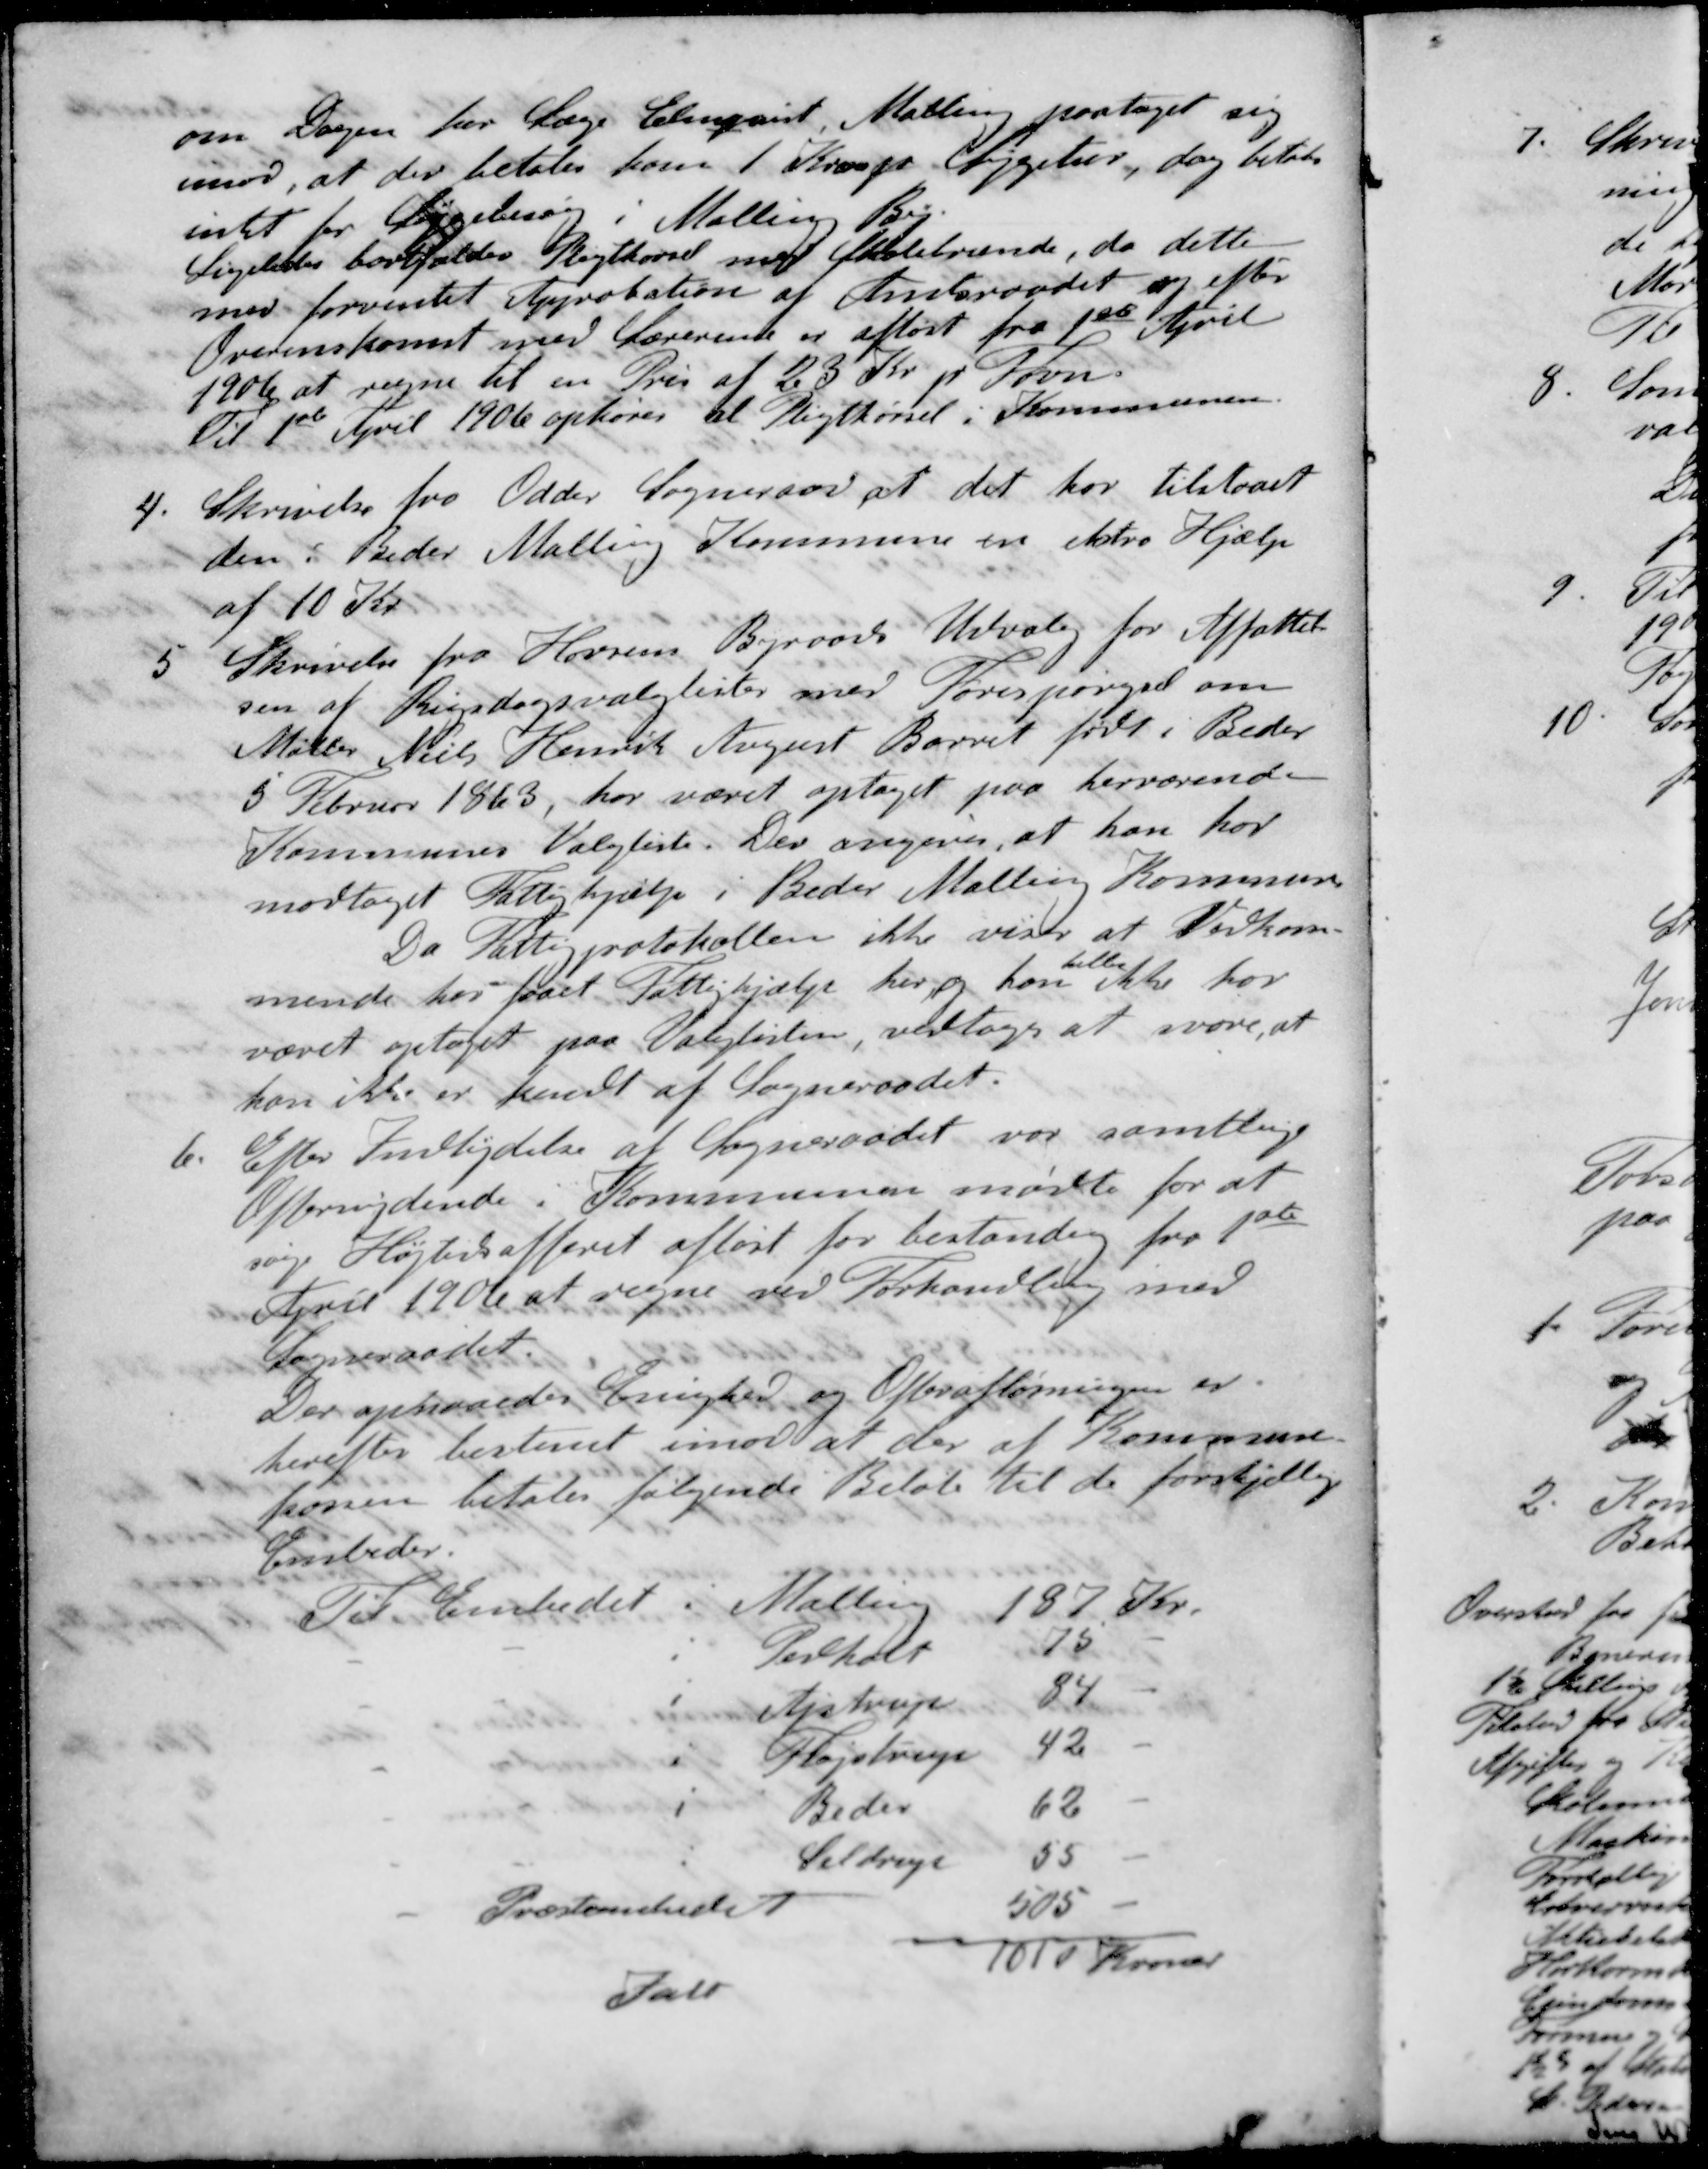
Transskription:
om Dagen for Læge Elmquist, Malling paataget sig
imod, at der betales ham 1Krone pr Sygetur, dog betales
intet for Lægebesøg i Malling By
Ligeledes bortfalder Pligtkørsel med Skolebrænde, da dette
med forventet Approbation af Amtsraadet og efter
Overenskomst med Lærerene og afløst fra 1st April
1906 at regne til en Pris af 23 Kr pr Favn.
Til 1ste April 1906 ophører al Pligtkørsel i Kommunen.
4. Skrivelse fra Odder Sogneraad at det har tilstaaet
den i Beder Malling Kommune en ekstra Hjælp
af 10 Kr.
5. Skrivelse fra Horsen Byraads Udvalg for Affattel-
sen af Rigsdagsvalglister med Forespørgsel om
Møller Niels Henrik August Barret født i Beder
5 Februar 1863, har været optaget paa herværende
Kommunes Valgliste. Der angives, at han har
modtaget Fattighjælp i Beder Malling Kommune
Da Fattigprotokollen ikke viser at Vedkom-
heller
mende hos faaet Fattighjælp her og han ikke har
været antaget paa Valglisten, vedtoges at svare, at
han ikke er kendt af Sogneraadet.
6. Efter Indbydelse af Sogneraadet var samtlige
Offernydende i Kommunen mødte for at
søge Højtidsofferet afløst for bestandig fra 1ste
April 1906 at regne ved Forhandling med
Sogneraadet.
Der opnaaedes Enighed og Optrafløsningen er
herefter bestemt imod at der af Kommune-
kassen betales følgende Beløb til de forskjellige
Embeder
Til Embedet i Malling 187 Kr.
- - i Pedholt 75 -
- - i Ajstrup 84 -
- - i Fløjstrup 42 -
- - i Beder 62 -
- - i Seldrup 55 -
- Præsteembedet 505 -
Ialt 1010 Kroner